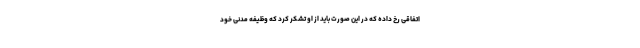
اتفاقی رخ داده که در این صورت باید از او تشکر کرد که وظیفه مدنی خود